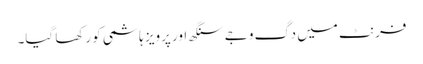
فرنٹ میں دگ وجے سنگھ اور پرویز ہاشمی کو رکھا گیا۔